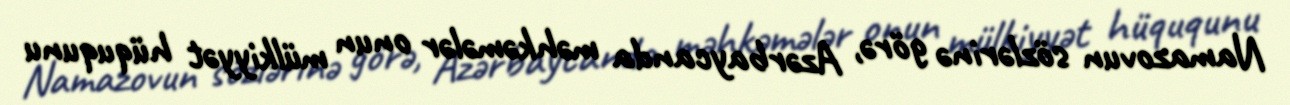
Namazovun sözlərinə görə, Azərbaycanda məhkəmələr onun mülkiyyət hüququnu